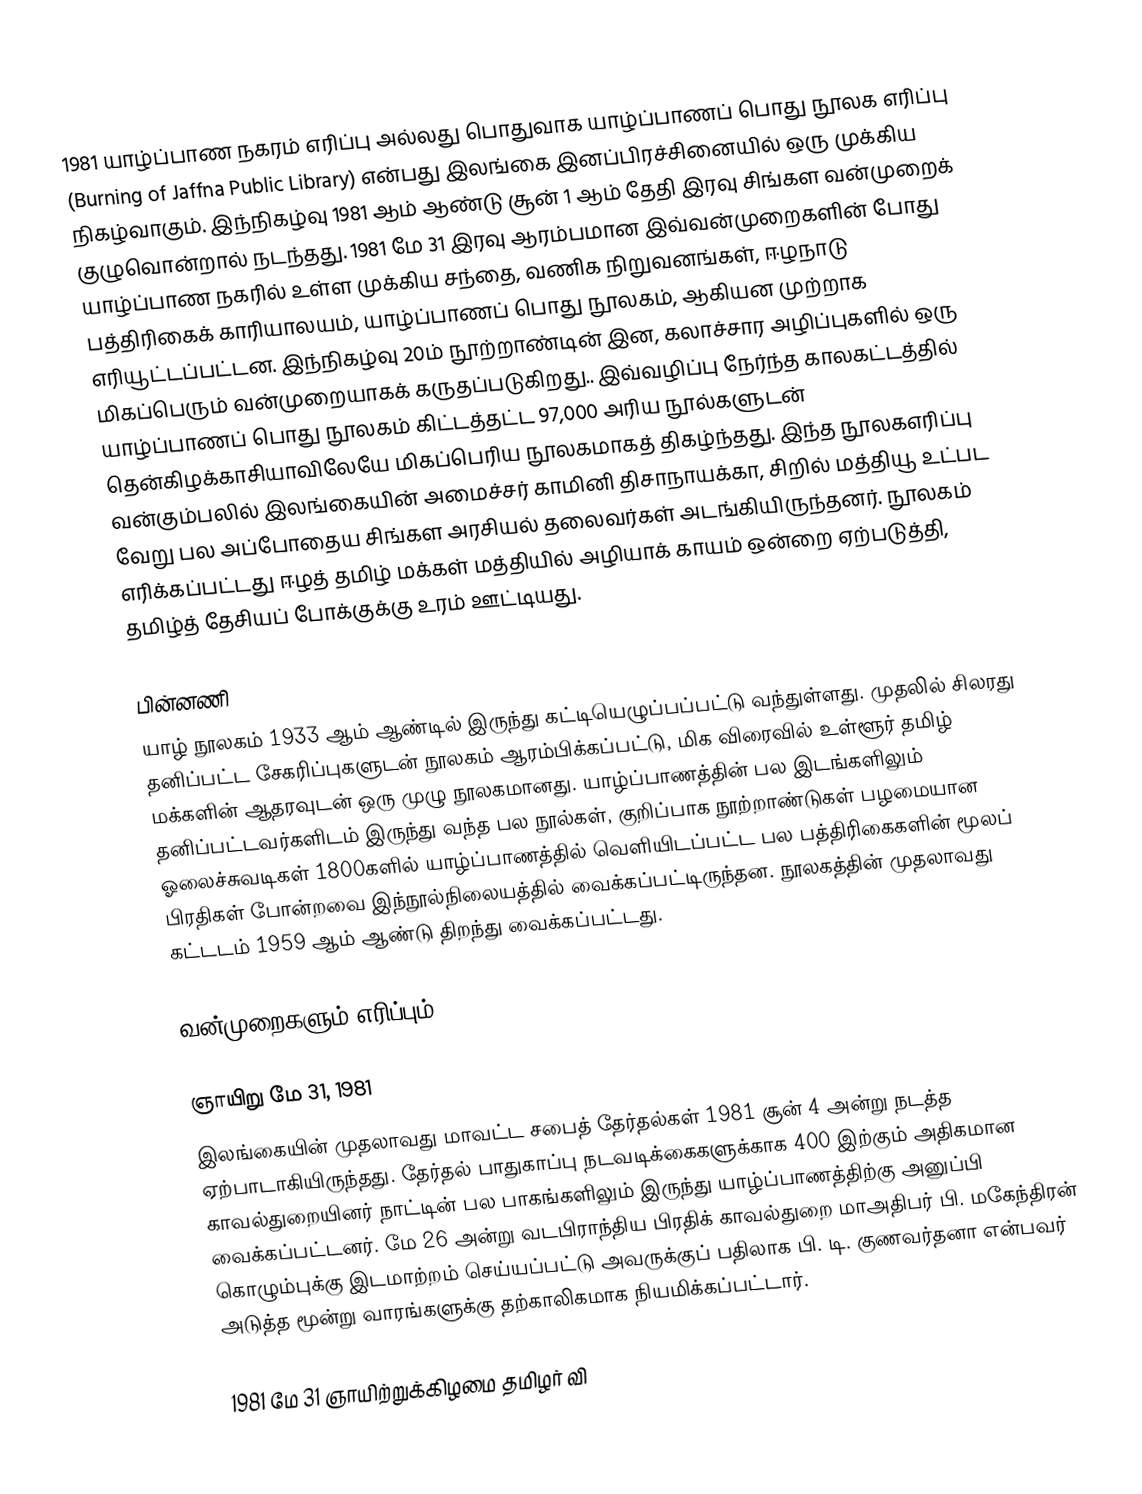
1981 யாழ்ப்பாண நகரம் எரிப்பு அல்லது பொதுவாக யாழ்ப்பாணப் பொது நூலக எரிப்பு (Burning of Jaffna Public Library) என்பது இலங்கை இனப்பிரச்சினையில் ஒரு முக்கிய நிகழ்வாகும். இந்நிகழ்வு 1981 ஆம் ஆண்டு சூன் 1 ஆம்  தேதி இரவு சிங்கள வன்முறைக் குழுவொன்றால் நடந்தது. 1981 மே 31 இரவு ஆரம்பமான இவ்வன்முறைகளின் போது யாழ்ப்பாண நகரில் உள்ள முக்கிய சந்தை, வணிக நிறுவனங்கள், ஈழநாடு பத்திரிகைக் காரியாலயம், யாழ்ப்பாணப் பொது நூலகம், ஆகியன முற்றாக எரியூட்டப்பட்டன. இந்நிகழ்வு 20ம் நூற்றாண்டின் இன, கலாச்சார அழிப்புகளில் ஒரு மிகப்பெரும் வன்முறையாகக் கருதப்படுகிறது.. இவ்வழிப்பு நேர்ந்த காலகட்டத்தில் யாழ்ப்பாணப் பொது நூலகம் கிட்டத்தட்ட 97,000 அரிய நூல்களுடன் தென்கிழக்காசியாவிலேயே மிகப்பெரிய நூலகமாகத் திகழ்ந்தது. இந்த நூலகஎரிப்பு வன்கும்பலில் இலங்கையின் அமைச்சர் காமினி திசாநாயக்கா, சிறில் மத்தியூ உட்பட வேறு பல அப்போதைய சிங்கள அரசியல் தலைவர்கள் அடங்கியிருந்தனர். நூலகம் எரிக்கப்பட்டது ஈழத் தமிழ் மக்கள் மத்தியில் அழியாக் காயம் ஒன்றை ஏற்படுத்தி, தமிழ்த் தேசியப் போக்குக்கு உரம் ஊட்டியது.

பின்னணி
யாழ் நூலகம் 1933 ஆம் ஆண்டில் இருந்து கட்டியெழுப்பப்பட்டு வந்துள்ளது. முதலில் சிலரது தனிப்பட்ட சேகரிப்புகளுடன் நூலகம் ஆரம்பிக்கப்பட்டு, மிக விரைவில் உள்ளூர் தமிழ் மக்களின் ஆதரவுடன் ஒரு முழு நூலகமானது. யாழ்ப்பாணத்தின் பல இடங்களிலும் தனிப்பட்டவர்களிடம் இருந்து வந்த பல நூல்கள், குறிப்பாக நூற்றாண்டுகள் பழமையான ஓலைச்சுவடிகள் 1800களில் யாழ்ப்பாணத்தில் வெளியிடப்பட்ட பல பத்திரிகைகளின் மூலப் பிரதிகள் போன்றவை இந்நூல்நிலையத்தில் வைக்கப்பட்டிருந்தன. நூலகத்தின் முதலாவது கட்டடம் 1959 ஆம் ஆண்டு திறந்து வைக்கப்பட்டது.

வன்முறைகளும் எரிப்பும்

ஞாயிறு மே 31, 1981
இலங்கையின் முதலாவது மாவட்ட சபைத் தேர்தல்கள் 1981 சூன் 4 அன்று நடத்த ஏற்பாடாகியிருந்தது. தேர்தல் பாதுகாப்பு நடவடிக்கைகளுக்காக 400 இற்கும் அதிகமான காவல்துறையினர் நாட்டின் பல பாகங்களிலும் இருந்து யாழ்ப்பாணத்திற்கு அனுப்பி வைக்கப்பட்டனர். மே 26 அன்று வடபிராந்திய பிரதிக் காவல்துறை மாஅதிபர் பி. மகேந்திரன் கொழும்புக்கு இடமாற்றம் செய்யப்பட்டு அவருக்குப் பதிலாக பி. டி. குணவர்தனா என்பவர் அடுத்த மூன்று வாரங்களுக்கு தற்காலிகமாக நியமிக்கப்பட்டார்.

1981 மே 31 ஞாயிற்றுக்கிழமை தமிழர் வி